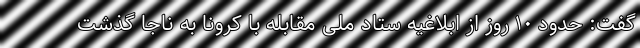
گفت: حدود ۱۰ روز از ابلاغیه ستاد ملی مقابله با کرونا به ناجا گذشت